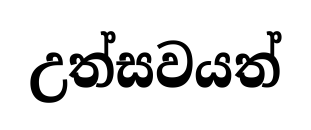
උත්සවයත්